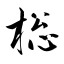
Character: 棇